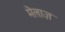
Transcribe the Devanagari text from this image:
मेलाज़